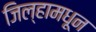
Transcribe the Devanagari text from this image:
जिल्हामधून